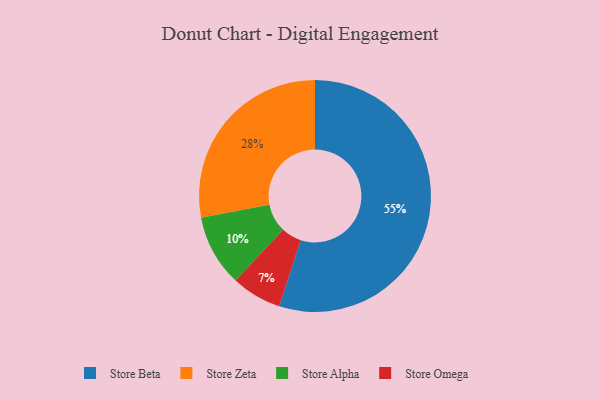
{"axis": {"x": "Category", "y": "Percentage"}, "legend": ["Store Alpha", "Store Beta", "Store Omega", "Store Zeta"], "data": [{"x": "Store Beta", "y": 55, "type": "Store Beta"}, {"x": "Store Alpha", "y": 10, "type": "Store Alpha"}, {"x": "Store Omega", "y": 7, "type": "Store Omega"}, {"x": "Store Zeta", "y": 28, "type": "Store Zeta"}]}